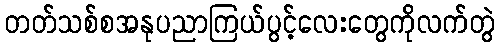
တတ်သစ်စအနုပညာကြယ်ပွင့်လေးတွေကိုလက်တွဲ